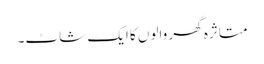
متاثرہ گھر والوں کا ایک شاٹ۔